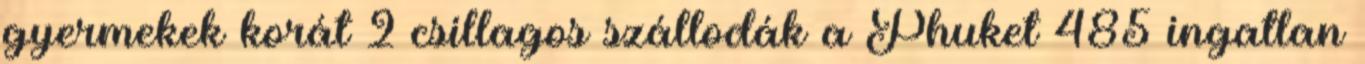
gyermekek korát 2 csillagos szállodák a Phuket 485 ingatlan